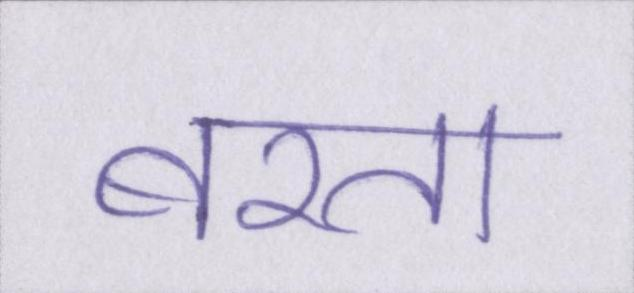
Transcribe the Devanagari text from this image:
बरता